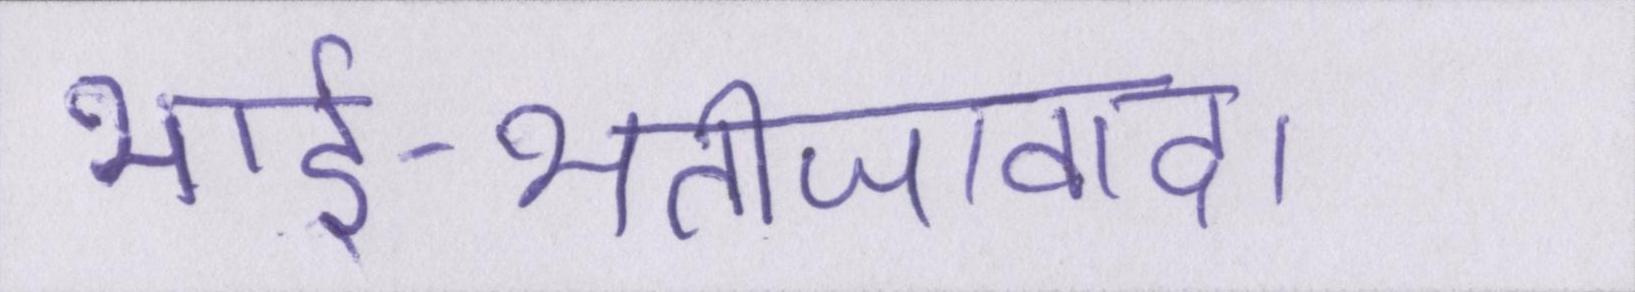
भार्इ-भतीजावाद।